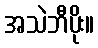
အသဲဘီပိုး။